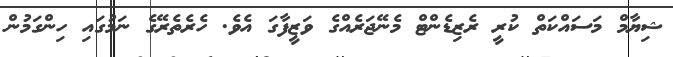
ޝިޔާމް މަސައްކަތް ކުރީ ރެޒިޑެންޓް މެނޭޖަރެއްގެ ވަޒީފާގަ އެވެ. ހެރެތެރޭގެ ނަމުގައި ހިންގަމުން